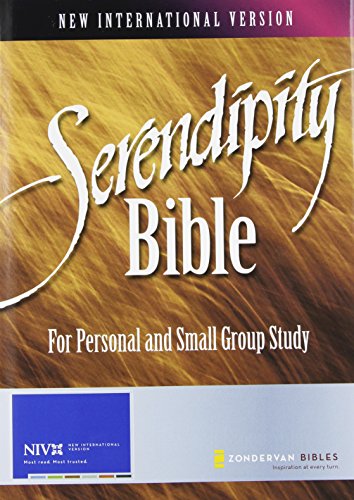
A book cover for Serendipity Bible: For Personal and Small Group Study; Christian Books & Bibles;